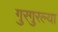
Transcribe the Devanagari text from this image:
गुरगुरल्या